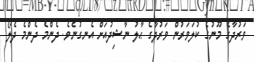
ވަރުދާގެ މޫނުގެ ކުލަވަރުން ވަރުދާގެ ޙާލު ނާޝިދުއަށް އެނގުނެވެ. ދެންމެ ދެންމެ ދެލޯ